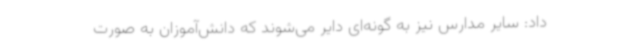
داد: سایر مدارس نیز به گونه‌ای دایر می‌شوند که دانش‌آموزان به صورت